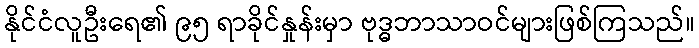
နိုင်ငံလူဦးရေ၏ ၉၅ ရာခိုင်နှုန်းမှာ ဗုဒ္ဓဘာသာဝင်များဖြစ်ကြသည်။